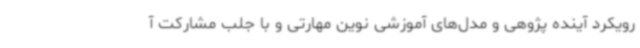
رویکرد آینده پژوهی و مدل‌های آموزشی نوین مهارتی و با جلب مشارکت آ